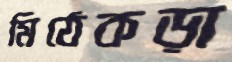
মিঠেকড়া